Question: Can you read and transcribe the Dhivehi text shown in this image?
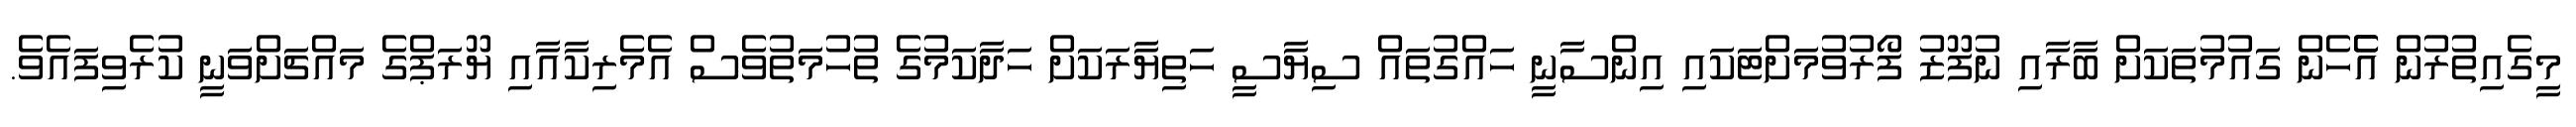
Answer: މީގެއިތުރުން އެެހެން ގައުމުތަކަށް ބާރާއި ނުފޫޒު ފޯރުވުމަށްޓަކައި އިންސާނީ ހައްގުތައް ސިޔާސީ ހަތިޔާރަކަށް ހަދާކަމުގެ ތުހުމަތުވެސް އެމެރިކާއާއި ޔޫރަޕްގެ މައްޗަށްވަނީ ކުރެވިފައެވެ.